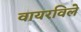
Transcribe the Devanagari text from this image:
वायरविले